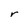
Character: r